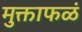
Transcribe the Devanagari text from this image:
मुक्ताफळं